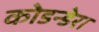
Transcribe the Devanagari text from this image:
कोडन्डेरा